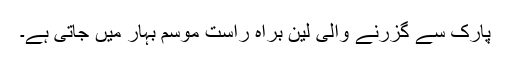
پارک سے گزرنے والی لین براہ راست موسم بہار میں جاتی ہے۔